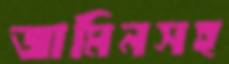
জামিনসহ